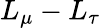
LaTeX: L_{\mu}-L_{\tau}